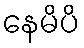
နေမိပိ